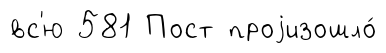
вс'ю 581 Пост проjизошло́